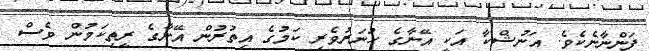
ފަންނާނެކެވެ. އަނުޝްކާ އަކީ އޭނާގެ ހުނަރުވެރި ކަމުގެ އިތުރުން އޭނާގެ ރީތިކަމުން ވެސް